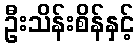
ဦးသိန်းစိန်နှင့်